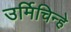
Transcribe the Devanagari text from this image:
उर्मिचिन्हे